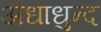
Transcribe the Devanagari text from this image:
अंधाधुन्द